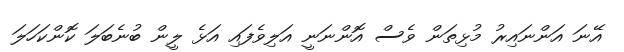
އޭނަ އަންނައިރު މުޅިތަން ވެސް އޮންނަނީ އަލިވެފައި އަޅެ ލީން ބުނެބަލަ ކޮންކަހަލަ